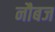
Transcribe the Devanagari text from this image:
नौबज